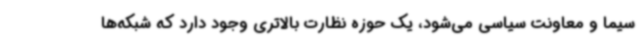
سیما و معاونت سیاسی می‌شود، یک حوزه نظارت بالاتری وجود دارد که شبکه‌ها